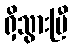
ရှိသွားပြီ